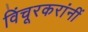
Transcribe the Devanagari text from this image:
विंचूरकरांनीं